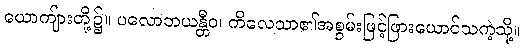
ယောကျ်ားတို့၌။ ပလောဘယန္တီဝ၊ ကိလေသာ၏အစွမ်းဖြင့်ဖြားယောင်သကဲ့သို့။